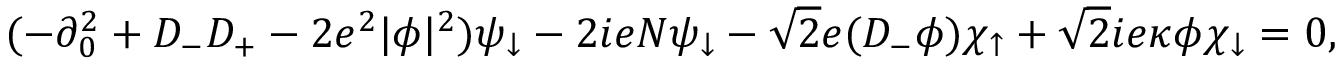
( - \partial _ { 0 } ^ { 2 } + D _ { - } D _ { + } - 2 e ^ { 2 } | \phi | ^ { 2 } ) \psi _ { \downarrow } - 2 i e N \psi _ { \downarrow } - \sqrt { 2 } e ( D _ { - } \phi ) \chi _ { \uparrow } + \sqrt { 2 } i e \kappa \phi \chi _ { \downarrow } = 0 ,